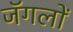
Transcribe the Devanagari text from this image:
जॅगलों